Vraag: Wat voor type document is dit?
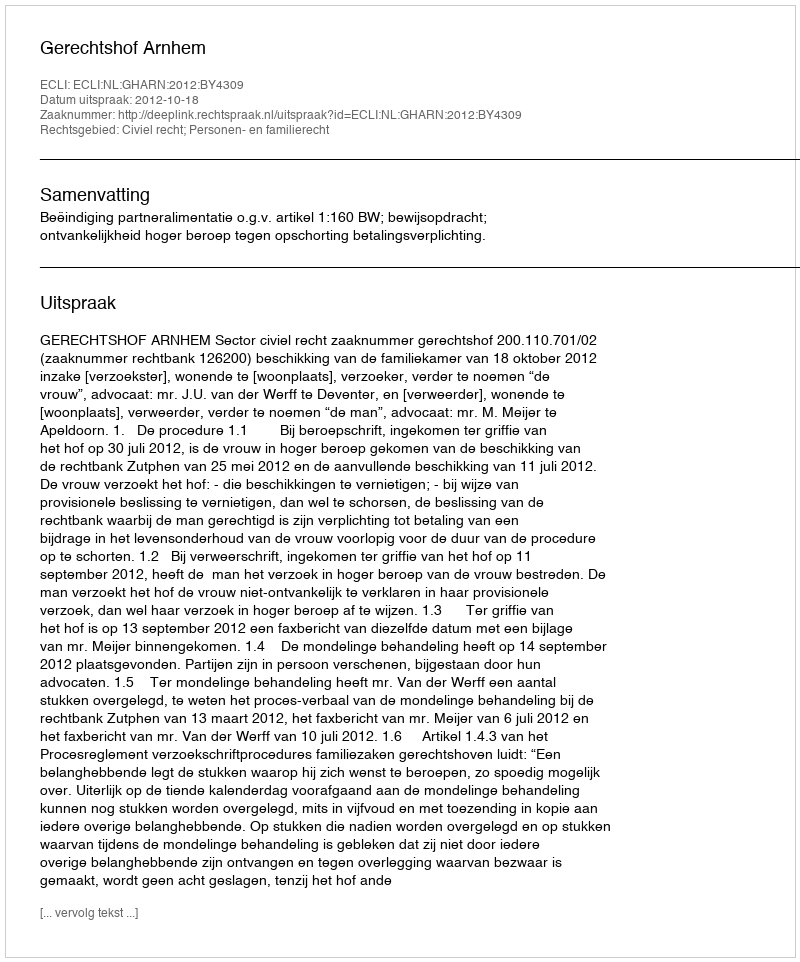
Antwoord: Uitspraak